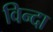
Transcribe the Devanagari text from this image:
विन्दा